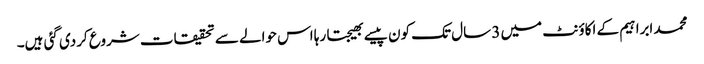
محمد ابراہیم کے اکاؤنٹ میں 3 سال تک کون پیسے بھیجتا رہا اس حوالے سے تحقیقات شروع کردی گئی ہیں۔